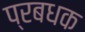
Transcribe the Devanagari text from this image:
प्रबधक